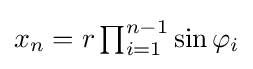
\textstyle x_{n}=r\prod _{i=1}^{n-1}\sin \varphi _{i}